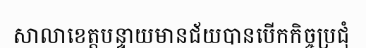
សាលាខេត្តបន្ទាយមានជ័យបានបើកកិច្ចប្រជុំ